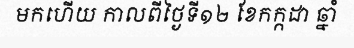
មកហើយ កាលពីថ្ងៃទី១២ ខែកក្កដា ឆ្នាំ